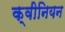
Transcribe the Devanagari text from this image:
क्वीनियन